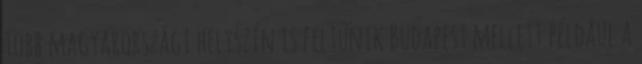
Több magyarországi helyszín is feltűnik Budapest mellett például a